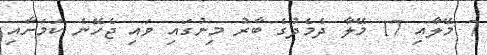
7 މޭލާއި 17 މޭލާ ދެމެދުގެ ބާރު މިނުގައި ވައި ޖެހޭނެ ކަމަށާއި